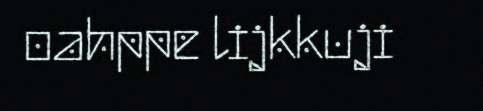
oahppe lijkkuji